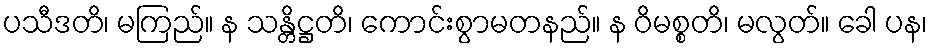
ပသီဒတိ၊ မကြည်။ န သန္တိဋ္ဌတိ၊ ကောင်းစွာမတနည်။ န ဝိမစ္စတိ၊ မလွတ်။ ခေါ ပန၊